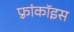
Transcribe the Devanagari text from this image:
फ़्रांकॉइस